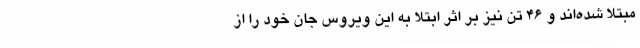
مبتلا شده‌اند و 46 تن نیز بر اثر ابتلا به این ویروس جان خود را از